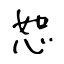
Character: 恕